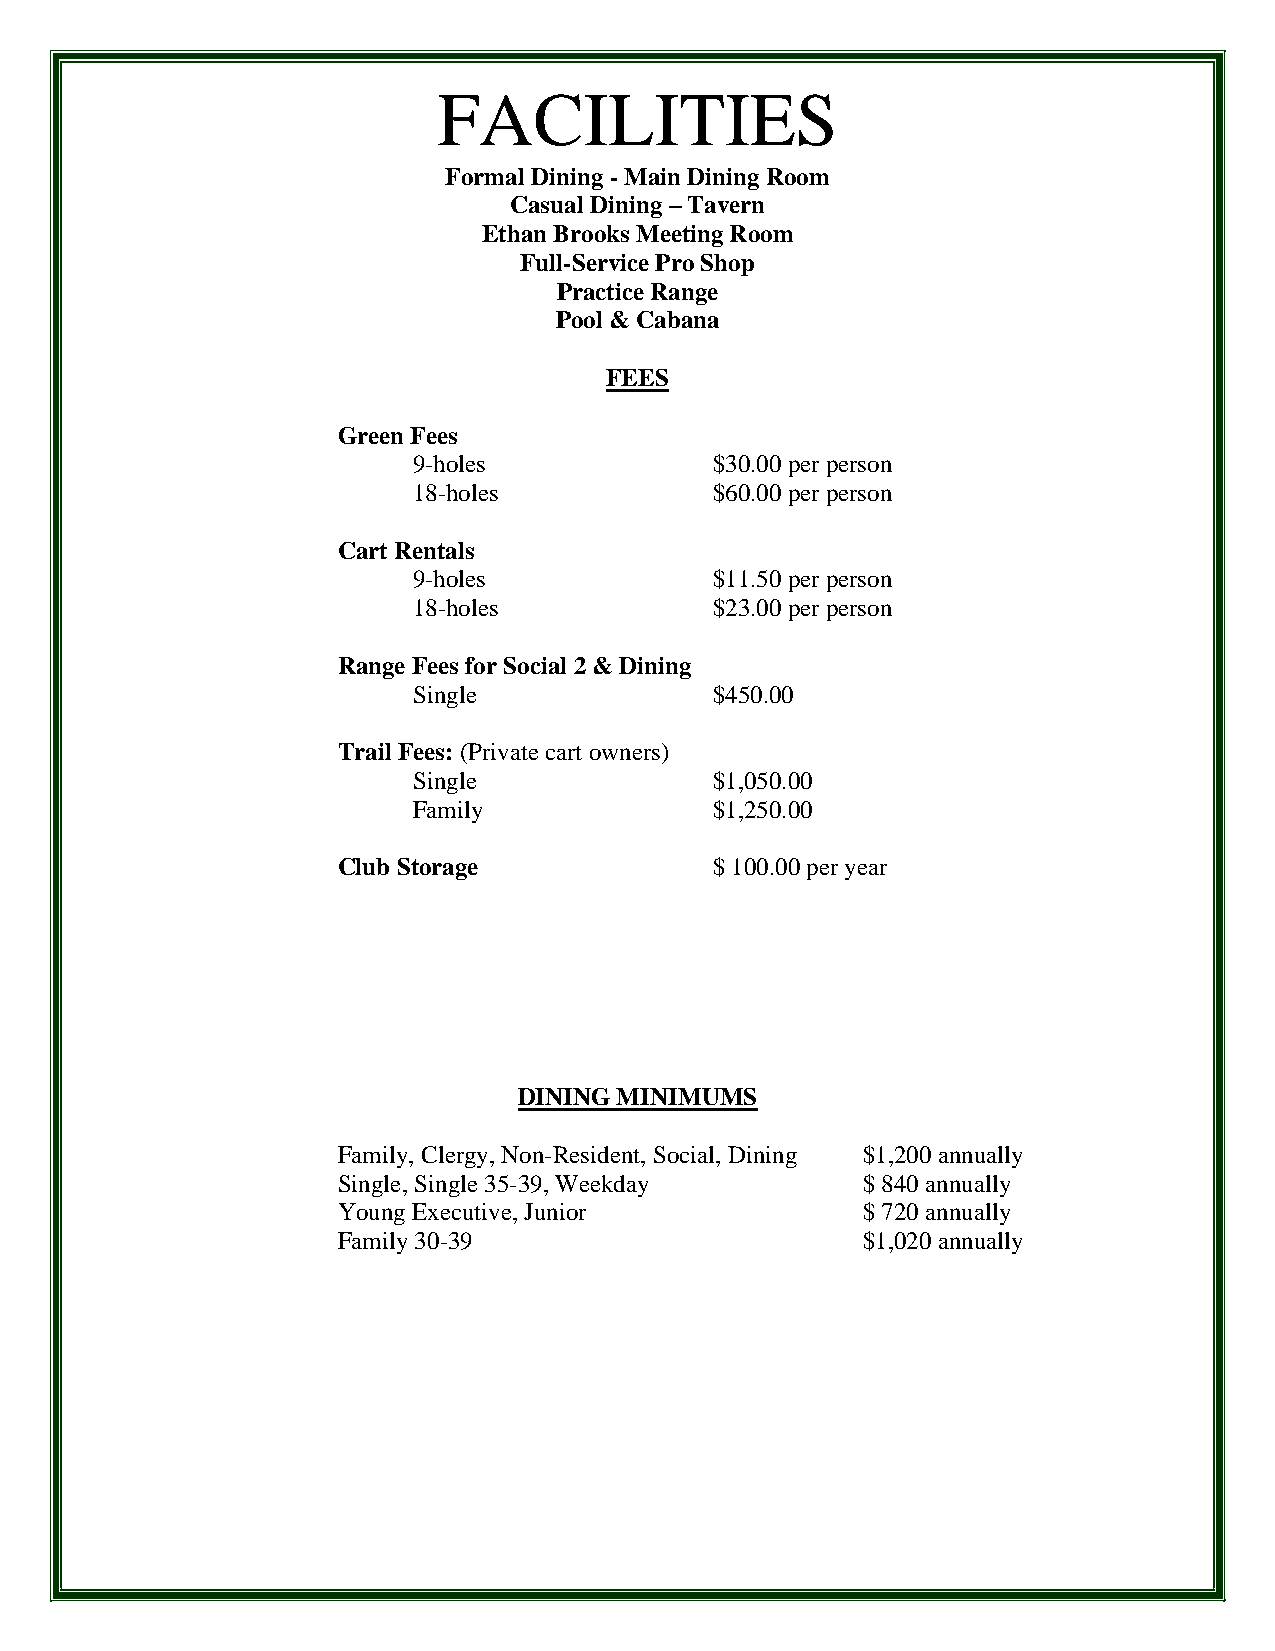
FACILITIES
 Formal Dining - Main Dining Room
 Casual Dining – Tavern
 Ethan Brooks Meeting Room
 Full-Service Pro Shop
 Practice Range
 Pool & Cabana
 FEES
 Green Fees
 9-holes             $30.00 per person
 18-holes            $60.00 per person
 Cart Rentals
 9-holes             $11.50 per person
 18-holes            $23.00 per person
 Range Fees for Social 2 & Dining
 Single              $450.00
 Trail Fees: (Private cart owners)
 Single              $1,050.00
 Family              $1,250.00
 Club Storage             $ 100.00 per year
 DINING MINIMUMS
 Family, Clergy, Non-Resident, Social, Dining $1,200 annually
 Single, Single 35-39, Weekday      $ 840 annually
 Young Executive, Junior            $ 720 annually
 Family 30-39                       $1,020 annually